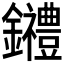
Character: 𨰋